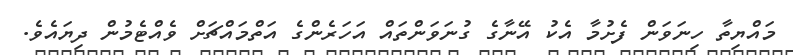
މައްޔިތާ ހިނަވަން ފެށުމާ އެކު އޭނާގެ ގުނަވަންތައް އަހަރެންގެ އަތްމައްޗަށް ވެއްޓެމުން ދިޔައެވެ.